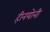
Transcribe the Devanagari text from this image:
हीनयोनी